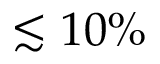
\lesssim 1 0 \%